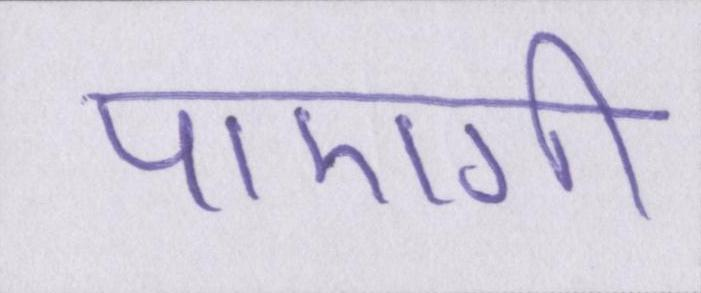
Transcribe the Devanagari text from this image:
पाएगी